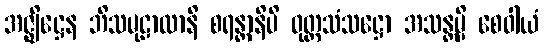
အဇ္ဈိဋ္ဌေန ဘိသမုဠာလာနိ စရန္တာနိပိ ဝုတ္တသံသဋ္ဌော အသန္တမ္ပိ စေဝါယံ